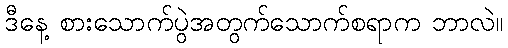
ဒီနေ့ စားသောက်ပွဲအတွက်သောက်စရာက ဘာလဲ။